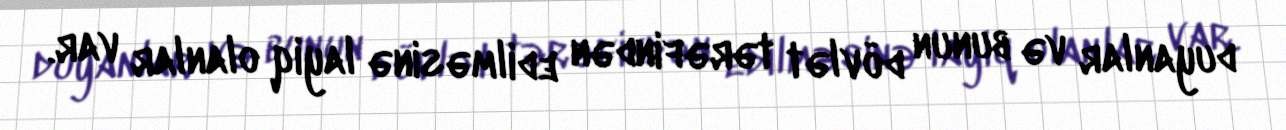
duyanlar və bunun dövlət tərəfindən edilməsinə layiq olanlar var.